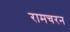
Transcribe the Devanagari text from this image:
रामचरन